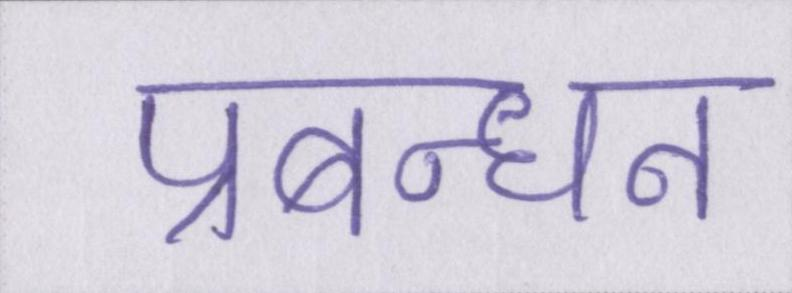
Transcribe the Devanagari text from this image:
प्रबन्धन